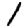
Digit: 1